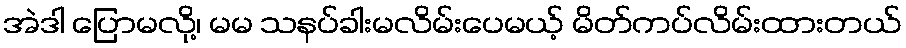
အဲဒါ ပြောမလို့၊ မမ သနပ်ခါးမလိမ်းပေမယ့် မိတ်ကပ်လိမ်းထားတယ်